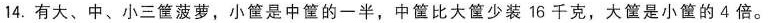
14.有大、中、小三筐菠萝，小筐是中筐的一半，中筐比大筐少装16千克，大筐是小筐的4倍。